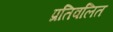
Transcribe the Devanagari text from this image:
प्रतिवलित